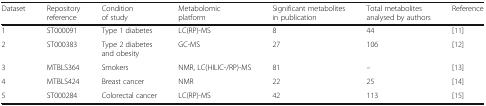
<table><thead><tr><td><b>Dataset</b></td><td><b>Repository reference</b></td><td><b>Condition of study</b></td><td><b>Metabolomic platform</b></td><td><b>Significant metabolites in publication</b></td><td><b>Total metabolites analysed by authors</b></td><td><b>Reference</b></td></tr></thead><tbody><tr><td>1</td><td>ST000091</td><td>Type 1 diabetes</td><td>LC(RP)-MS</td><td>8</td><td>44</td><td>[11]</td></tr><tr><td>2</td><td>ST000383</td><td>Type 2 diabetes and obesity</td><td>GC-MS</td><td>27</td><td>106</td><td>[12]</td></tr><tr><td>3</td><td>MTBLS364</td><td>Smokers</td><td>NMR, LC(HILIC-/RP)-MS</td><td>81</td><td>–</td><td>[13]</td></tr><tr><td>4</td><td>MTBLS424</td><td>Breast cancer</td><td>NMR</td><td>22</td><td>25</td><td>[14]</td></tr><tr><td>5</td><td>ST000284</td><td>Colorectal cancer</td><td>LC(RP)-MS</td><td>42</td><td>113</td><td>[15]</td></tr></tbody></table>